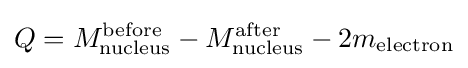
Q=M_{\text{nucleus}}^{\text{before}}-M_{\text{nucleus}}^{\text{after}}-2m_{\text{electron}}